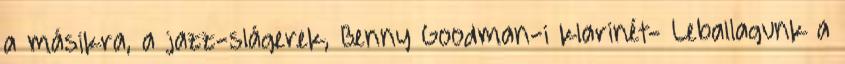
a másikra, a jazz-slágerek, Benny Goodman-i klarinét- Leballagunk a